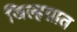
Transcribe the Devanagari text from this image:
जिल्हय़ात